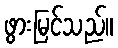
ဖွားမြင်သည်။